Source: Handwritten
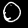
Digit: ၀ (0)